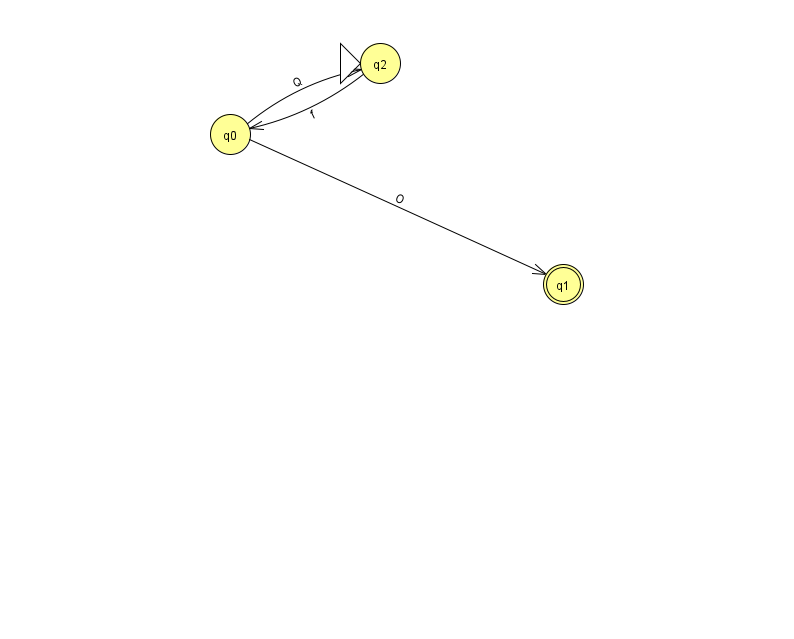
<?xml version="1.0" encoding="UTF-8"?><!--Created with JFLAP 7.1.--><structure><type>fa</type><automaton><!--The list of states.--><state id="0" name="q0"><x>230.0</x><y>121.0</y></state><state id="1" name="q1"><x>563.0</x><y>271.0</y><final/></state><state id="2" name="q2"><x>380.0</x><y>50.0</y><initial/></state><!--The list of transitions.--><transition><from>0</from><to>1</to><read>O</read></transition><transition><from>0</from><to>2</to><read>Q</read></transition><transition><from>2</from><to>0</to><read>f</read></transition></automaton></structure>